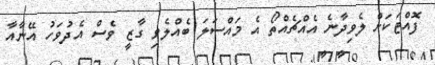
ފޮއްޓަކަށް ލެވިދާނެ އެއްޗެއްތޯ އެ މައްސަލަ ބެއްލެވި ގާޒީ ވެސް އެދުވަހު އޭނާއާ